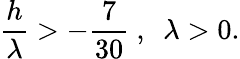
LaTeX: {\frac{h}{\lambda}}>-{\frac{7}{30}}\ ,\ \ \lambda>0.